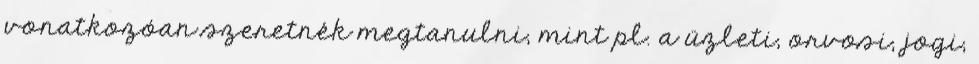
vonatkozóan szeretnék megtanulni, mint pl. a üzleti, orvosi, jogi,